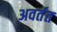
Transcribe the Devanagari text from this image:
अवर्तत